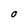
Character: O